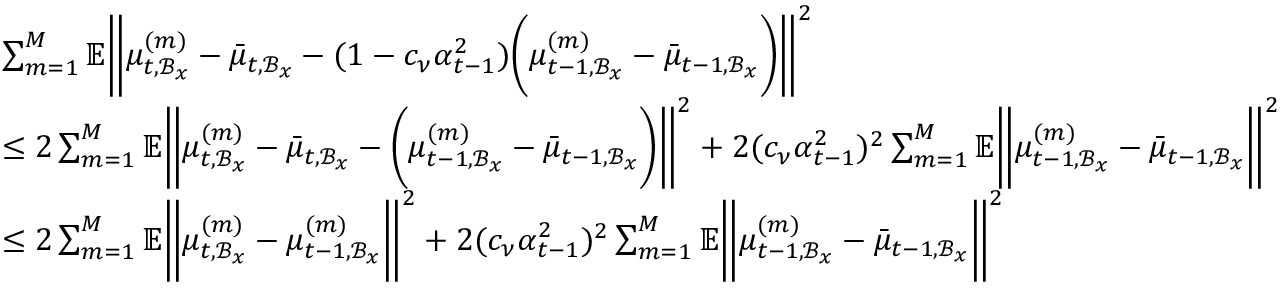
\begin{array} { r l } & { \sum _ { m = 1 } ^ { M } \mathbb { E } \bigg \| \mu _ { t , \mathcal { B } _ { x } } ^ { ( m ) } - \bar { \mu } _ { t , \mathcal { B } _ { x } } - ( 1 - c _ { \nu } \alpha _ { t - 1 } ^ { 2 } ) \bigg ( \mu _ { t - 1 , \mathcal { B } _ { x } } ^ { ( m ) } - \bar { \mu } _ { t - 1 , \mathcal { B } _ { x } } \bigg ) \bigg \| ^ { 2 } } \\ & { \leq 2 \sum _ { m = 1 } ^ { M } \mathbb { E } \bigg \| \mu _ { t , \mathcal { B } _ { x } } ^ { ( m ) } - \bar { \mu } _ { t , \mathcal { B } _ { x } } - \bigg ( \mu _ { t - 1 , \mathcal { B } _ { x } } ^ { ( m ) } - \bar { \mu } _ { t - 1 , \mathcal { B } _ { x } } \bigg ) \bigg \| ^ { 2 } + 2 ( c _ { \nu } \alpha _ { t - 1 } ^ { 2 } ) ^ { 2 } \sum _ { m = 1 } ^ { M } \mathbb { E } \bigg \| \mu _ { t - 1 , \mathcal { B } _ { x } } ^ { ( m ) } - \bar { \mu } _ { t - 1 , \mathcal { B } _ { x } } \bigg \| ^ { 2 } } \\ & { \leq 2 \sum _ { m = 1 } ^ { M } \mathbb { E } \bigg \| \mu _ { t , \mathcal { B } _ { x } } ^ { ( m ) } - \mu _ { t - 1 , \mathcal { B } _ { x } } ^ { ( m ) } \bigg \| ^ { 2 } + 2 ( c _ { \nu } \alpha _ { t - 1 } ^ { 2 } ) ^ { 2 } \sum _ { m = 1 } ^ { M } \mathbb { E } \bigg \| \mu _ { t - 1 , \mathcal { B } _ { x } } ^ { ( m ) } - \bar { \mu } _ { t - 1 , \mathcal { B } _ { x } } \bigg \| ^ { 2 } } \end{array}